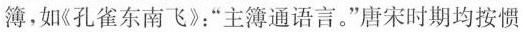
簿，如《孔雀东南飞》：“主簿通语言。”唐宋时期均按惯